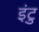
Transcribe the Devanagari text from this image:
इंटु